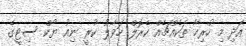
އަދި މި ހުރިހާ ތަކެއްޗެއް ކެރޮލް ހަވާލު ކުރީ ނިއު ޔޯކް ސިޓީގެ